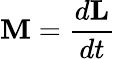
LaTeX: \mathbf{M}={\frac{d\mathbf{L}}{dt}}